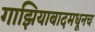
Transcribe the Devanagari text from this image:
गाझियाबादमधूनच